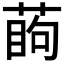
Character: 𦶔